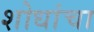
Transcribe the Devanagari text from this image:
शोधांचा